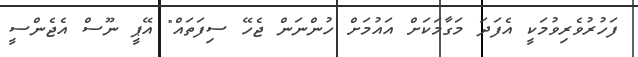
ފަހުރުވެރިވުމަކީ އެފަދަ މަގާމަކަށް އައުމަށް ހުންނަން ޖެހޭ ސިފަތައް" އޭޕީ ނޫސް އެޖެންސީ